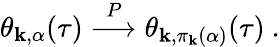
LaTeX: \theta_{\mathbf{k},\alpha}(\tau)\stackrel{P}{\longrightarrow}\theta_{\mathbf{k},\pi_{\mathbf{k}}(\alpha)}(\tau)~.